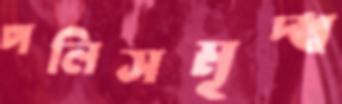
পলিসমৃদ্ধ